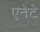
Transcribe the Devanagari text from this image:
एनेटे